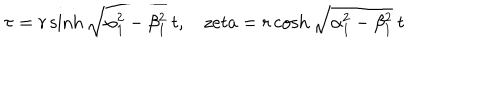
\tau = r \sinh \sqrt { \alpha _ { 1 } ^ { 2 } - \beta _ { 1 } ^ { 2 } } ~ t , \ \ \ \, z e t a = r \cosh \sqrt { \alpha _ { 1 } ^ { 2 } - \beta _ { 1 } ^ { 2 } } ~ t